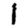
Digit: 1